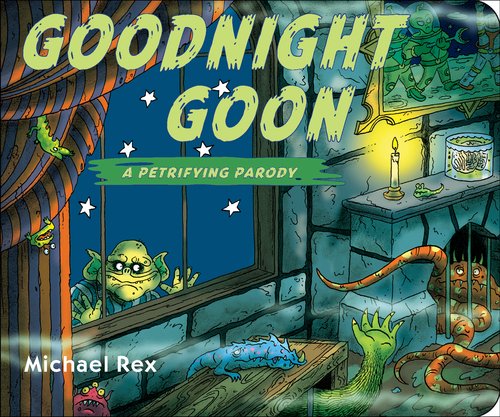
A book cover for Goodnight Goon: a Petrifying Parody; Michael Rex; Children's Books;